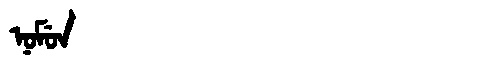
Manchu: ᠨᠣᠮᡠᠨ
Romanization: NOMUN